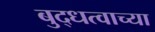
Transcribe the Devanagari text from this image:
बुद्धत्वाच्या